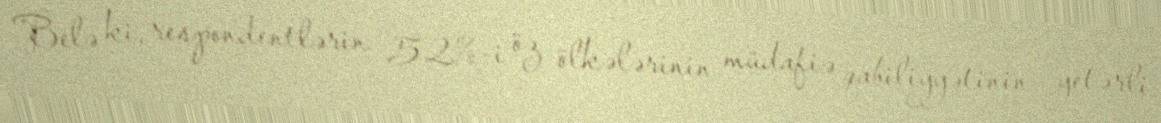
Belə ki, respondentlərin 52%-i öz ölkələrinin müdafiə qabiliyyətinin yetərli